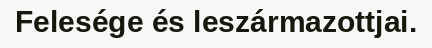
Felesége és leszármazottjai.